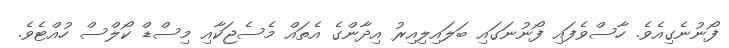
ފޯނުނެގިއެވެ. ހާސްވެފައި ފޯނުނަގައި ބަލައިލިއިރު އިދާންގެ އެތައް މެސެޖަކާއި މިސްޑް ކޯލްސް ހުއްޓެވެ.